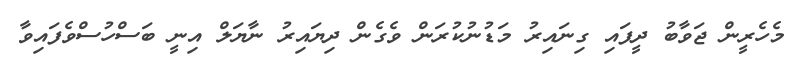
މެހެރީން ޖަވާބު ދީފައި ގިނައިރު މަޑުނުކުރަން ވެގެން ދިޔައިރު ނާޔަލް އިނީ ބަސްހުސްވެފައިވާ